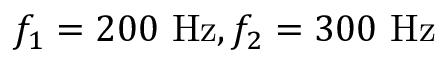
f _ { 1 } = 2 0 0 ~ \mathrm { H z } , f _ { 2 } = 3 0 0 ~ \mathrm { H z }